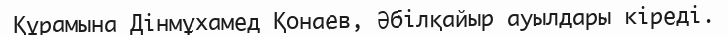
Құрамына Дінмұхамед Қонаев, Әбілқайыр ауылдары кіреді.